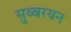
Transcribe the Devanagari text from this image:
सुब्बरयन